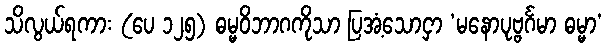
သိလွယ်ရကား (ပေ ၁၂၅) ဓမ္မဝိဘာဂကိုသာ ပြအံ့သောငှာ ‘မနောပုဗ္ဗင်္ဂမာ ဓမ္မာ’